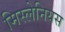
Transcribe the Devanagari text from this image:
मिस्लेनियस